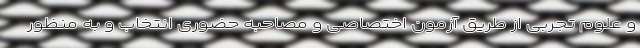
و علوم تجربی از طریق آزمون اختصاصی و مصاحبه حضوری انتخاب و به منظور